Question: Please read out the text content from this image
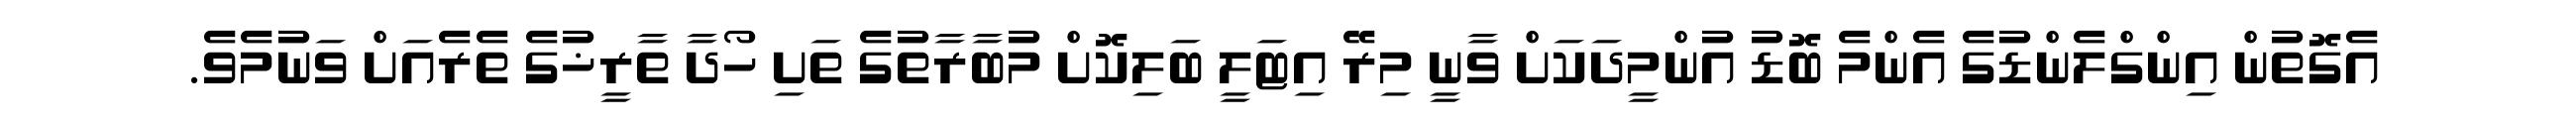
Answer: އެގޮތުން އިންގްލެންޑުގެ އެންމެ ބޮޑު އުންމީދަކަށް ވާނީ މިރޭ އިޓަލީ ބަލިކޮށް މުބާރާތުގެ ތަށި ހޯދާ ތާރީޚުގެ ތެރެއަށް ވަނުމެވެ.